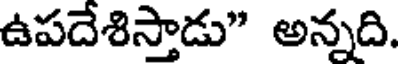
ఉపదేశిస్తాడు" అన్నది.